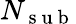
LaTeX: N_{\mathrm{~s~u~b~}}